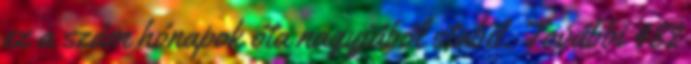
ez a szám hónapok óta nagyjából stabil. További 482